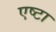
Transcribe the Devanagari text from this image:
एष्टा